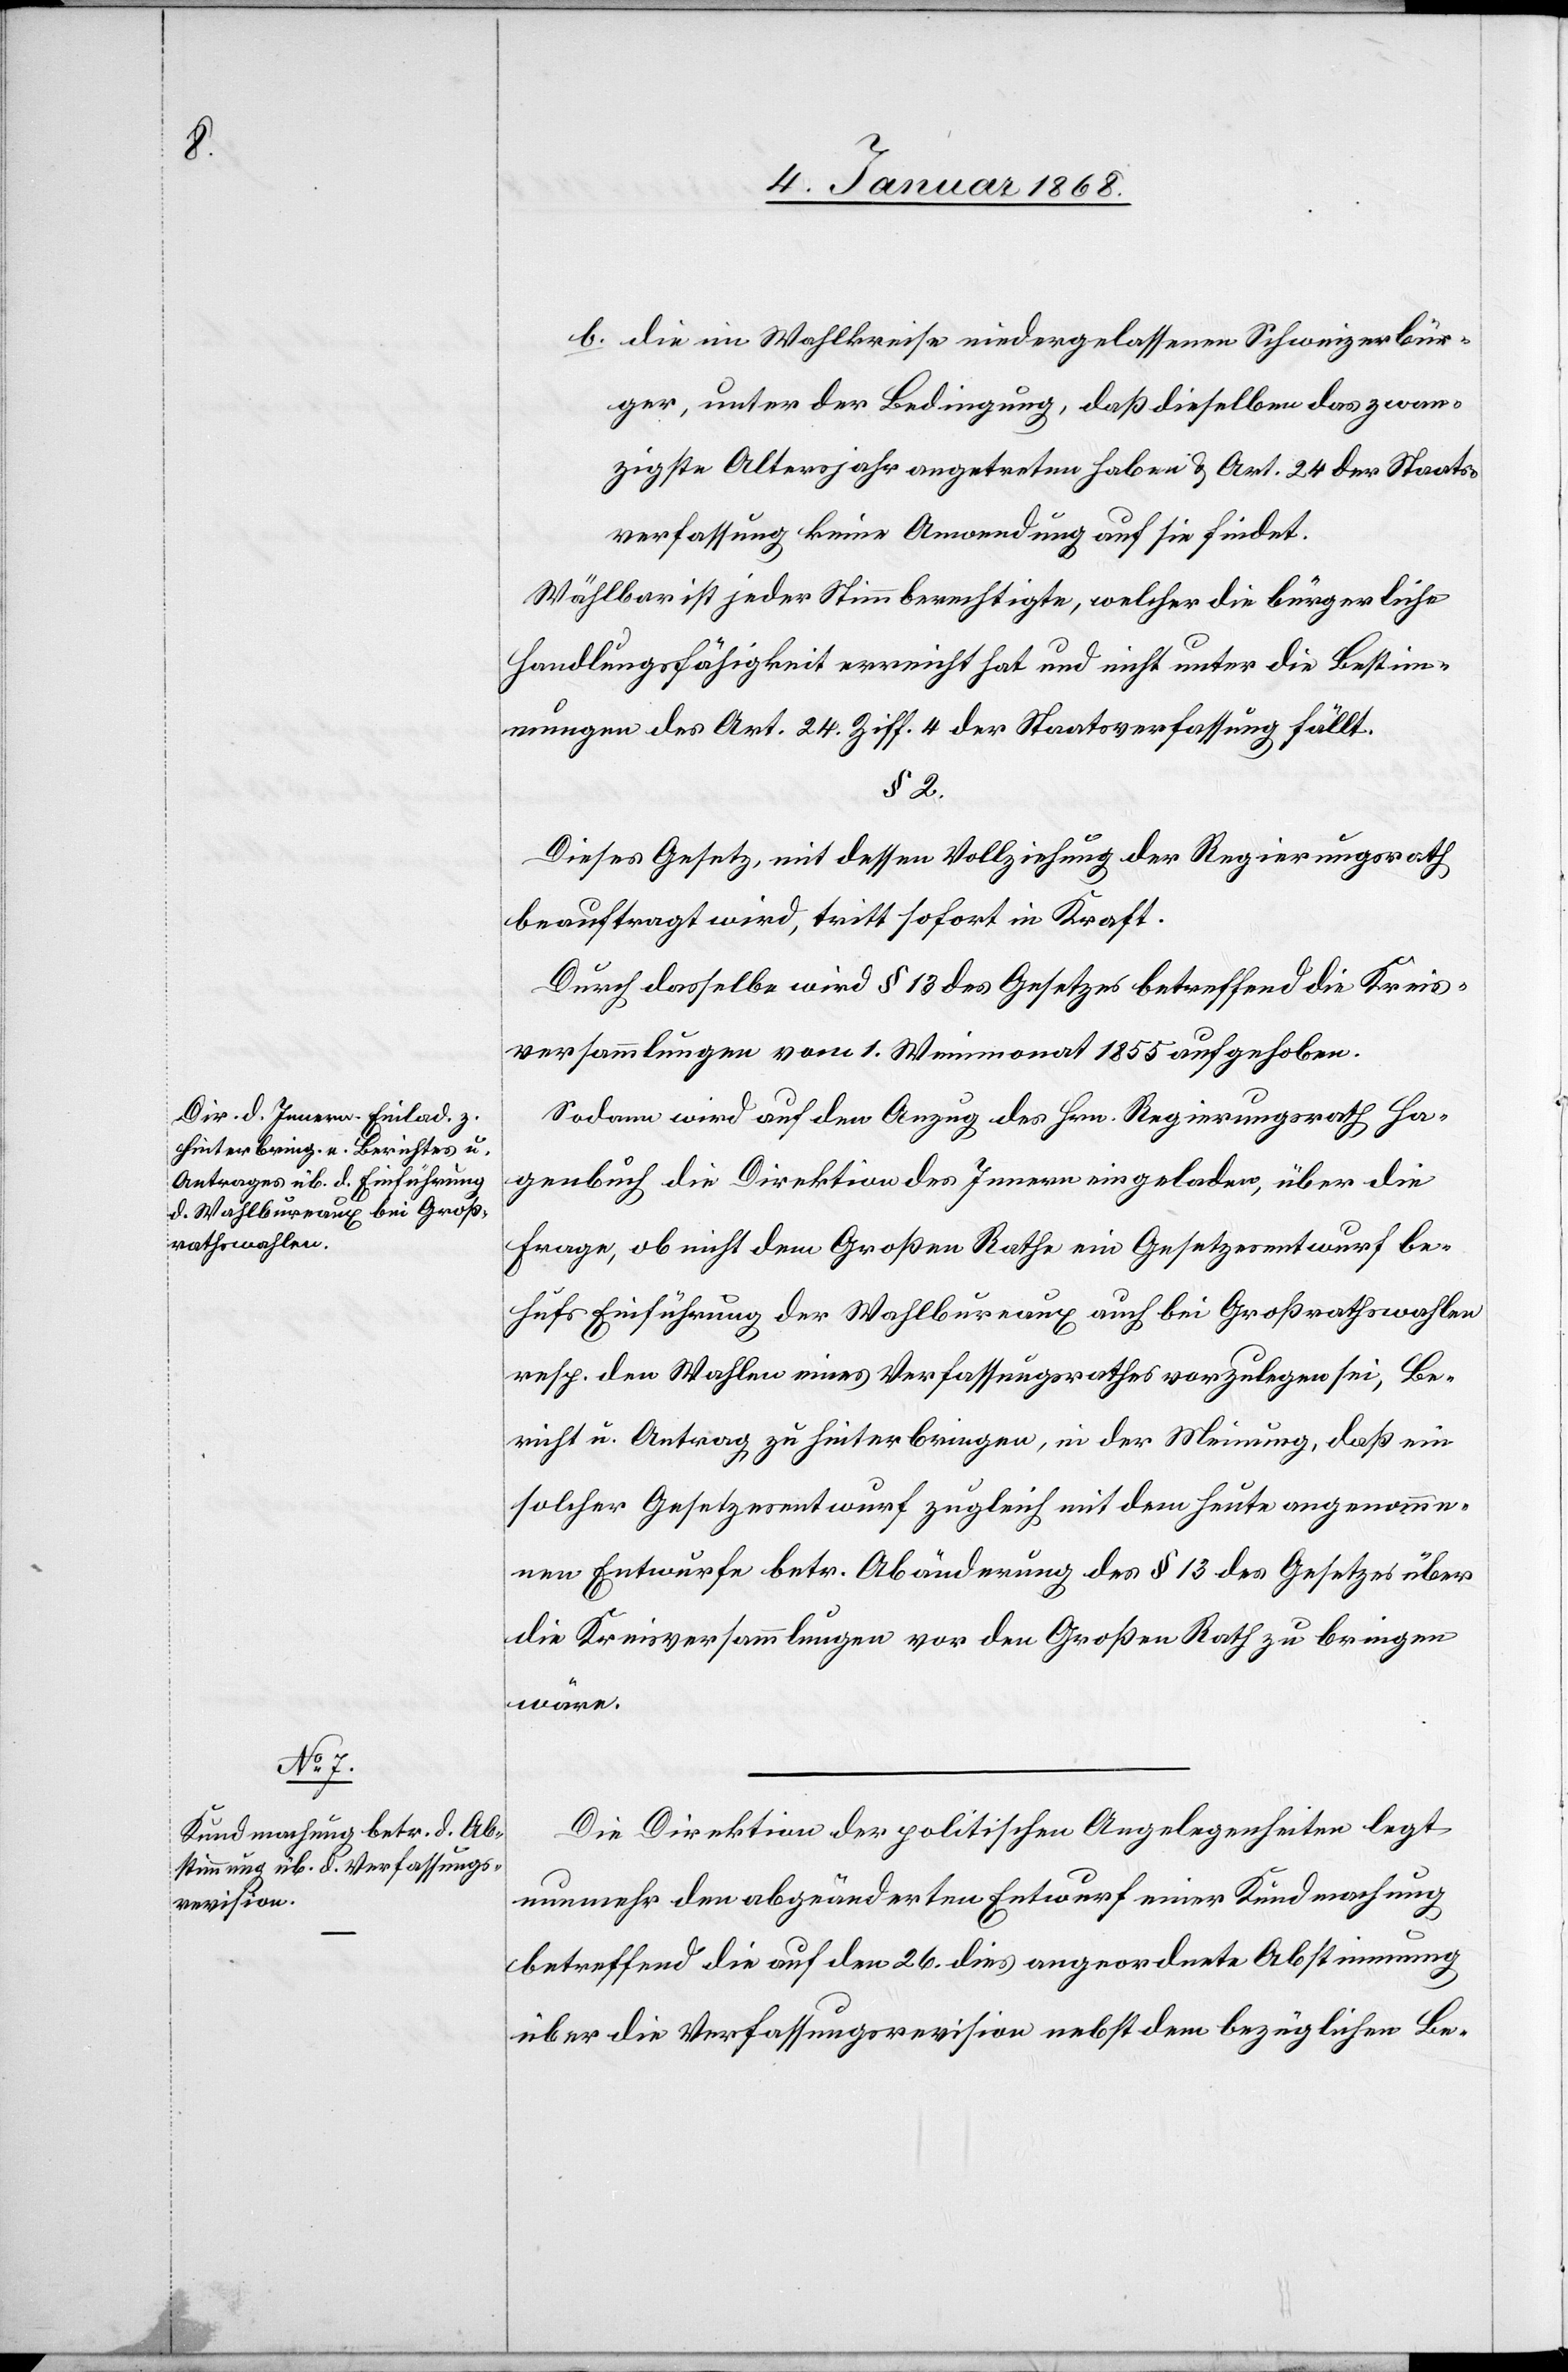
b.

die im Wahlkreise niedergelassenen Schweizerbür¬
ger, unter der Bedingung, daß dieselben das zwan¬
zigste Altersjahr angetreten haben & Art. 24 der Staats¬
verfassung keine Anwendung auf sie findet.
Wählbar ist jeder Stimmberechtigte, welcher die bürgerliche
Handlungsfähigkeit erreicht hat und nicht unter die Bestim¬
mungen des Art. 24. Ziff. 4 der Staatsverfassung fällt.
§ 2.
Dieses Gesetz, mit dessen Vollziehung der Regierungsrath
beauftragt wird, tritt sofort in Kraft.
Durch dasselbe wird § 13 des Gesetzes betreffend die Kreis¬
versammlungen vom 1. Weinmonat 1855 aufgehoben.
Sodann wird auf den Anzug des Hrn. Regierungsrath Ha¬
genbuch die Direktion des Innern eingeladen, über die
Frage, ob nicht dem Großen Rathe ein Gesetzesentwurf be¬
hufs Einführung der Wahlbureaux auch bei Großrathswahlen
resp. den Wahlen eines Verfassungsrathes vorzulegen sei, Be¬
richt u. Antrag zu hinterbringen, in der Meinung, daß ein
solcher Gesetzesentwurf zugleich mit dem heute angenomme¬
nen Entwurfe betr. Abänderung des § 13 des Gesetzes über
die Kreisversammlungen vor den Großen Rath zu bringen
wäre.
Die Direktion der politischen Angelegenheiten legt
nunmehr den abgeänderten Entwurf einer Kundmachung
betreffend die auf den 26. dies angeordnete Abstimmung
über die Verfassungsrevision nebst dem bezüglichen Be-